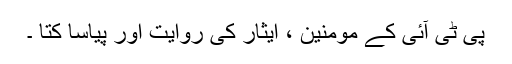
پی ٹی آئی کے مومنین ، ایثار کی روایت اور پیاسا کتا ۔